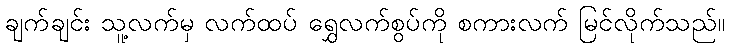
ချက်ချင်း သူ့လက်မှ လက်ထပ် ရွှေလက်စွပ်ကို စကားလက် မြင်လိုက်သည်။